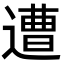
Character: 遭